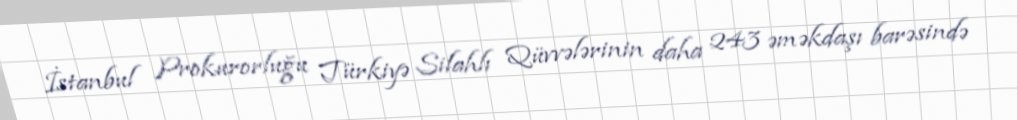
İstanbul Prokurorluğu Türkiyə Silahlı Qüvvələrinin daha 243 əməkdaşı barəsində